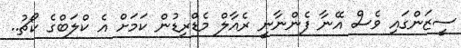
ސީޒަންގައި ވެސް އޭނާ ފެންނާނީ ރެއާލް މެޑްރިޑުން ކަމަށް އެ ކްލަބްގެ ކޯޗު..